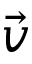
\vec { v }